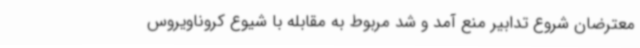
معترضان شروع تدابیر منع آمد و شد مربوط به مقابله با شیوع کروناویروس